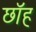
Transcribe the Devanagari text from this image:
छॉह